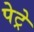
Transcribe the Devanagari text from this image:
पेट्रे